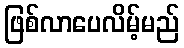
ဖြစ်လာပေလိမ့်မည်